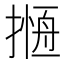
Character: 𢳖